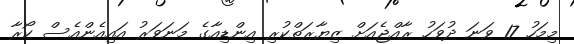
މިމަހު 17 ވަނަ ދުވަހު ރާއްޖެއަށް ޒިޔާރަތްކުރި އިންޑިއާގެ މަނަވަރު އައިއެންއެސް ކޯރާ